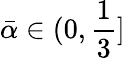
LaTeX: \bar{\alpha}\in(0,\frac 13]